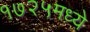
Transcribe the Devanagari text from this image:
१७२५मध्ये